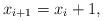
LaTeX: \begin{align*} x_{i+1}= x_i+1,\end{align*}